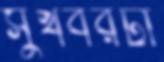
সুখবরটা